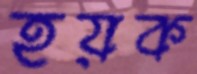
হয়ক